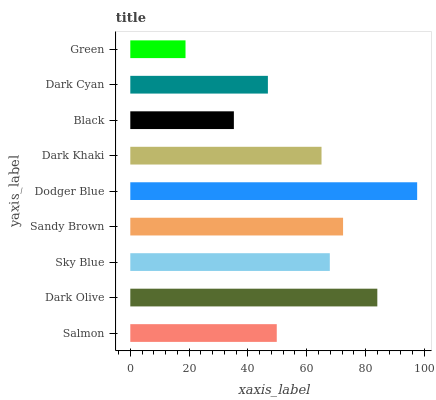
| yaxis_label | bars |
 | --- | --- |
 | Salmon | 49.8 |
 | Dark Olive | 84 |
 | Sky Blue | 67.9 |
 | Sandy Brown | 72.4 |
 | Dodger Blue | 97.6 |
 | Dark Khaki | 65 |
 | Black | 35.2 |
 | Dark Cyan | 46.8 |
 | Green | 18.8 |